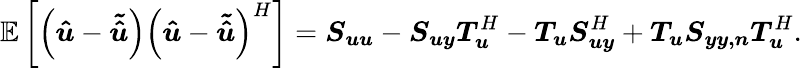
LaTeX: \mathbb{E}\left[\left(\boldsymbol{\hat{u}}-\boldsymbol{\tilde{\hat{u}}}\right)\left(\boldsymbol{\hat{u}}-\boldsymbol{\tilde{\hat{u}}}\right)^{H}\right]=\boldsymbol{S_{uu}}-\boldsymbol{S_{uy}}\boldsymbol{T_{u}}^{H}-\boldsymbol{T_{u}}\boldsymbol{S_{uy}}^{H}+\boldsymbol{T_{u}}\boldsymbol{S_{yy,n}}\boldsymbol{T_{u}}^{H}.